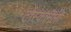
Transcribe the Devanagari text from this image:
टोस्कानेली